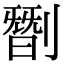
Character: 㔆